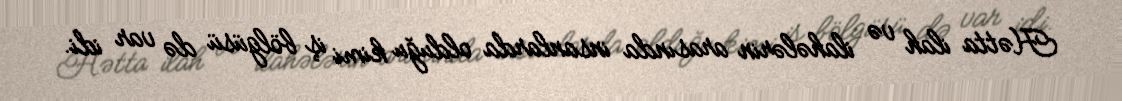
Hətta ilah və ilahələrin arasında insanlarda olduğu kimi iş bölgüsü də var idi.